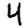
Digit: 4